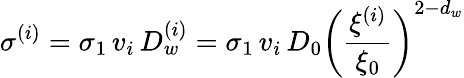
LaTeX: \sigma^{(i)}=\sigma_{1}\, v_{i}\, D_{w}^{(i)}=\sigma_{1}\, v_{i}\, D_{0}\left(\frac{\xi^{(i)}}{\xi_{0}}\right)^{2-d_{w}}